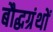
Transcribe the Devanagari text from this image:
बौद्धग्रंथों